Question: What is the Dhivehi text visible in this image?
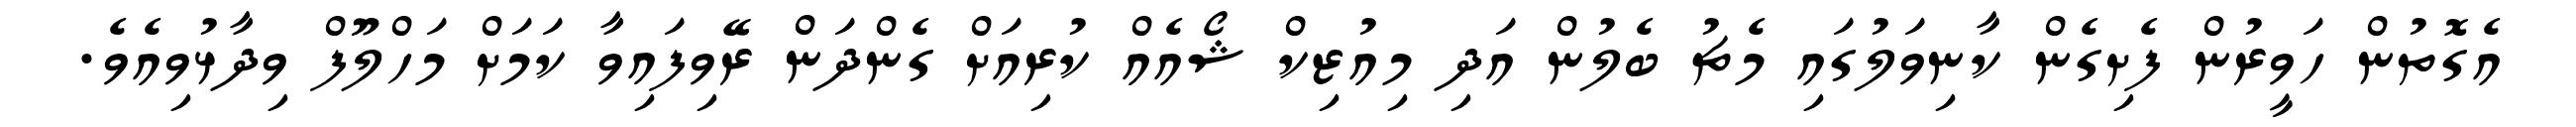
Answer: އެގޮތުން ހަވީރުން ފެށިގެން ކާނިވަލުގައި މެޗު ބެލުން އަދި މިއުޒިކް ޝޯއެއް ކުރިއަށް ގެންދަން ރޭވިފައިވާ ކަމަށް މަހްލޫފް ވިދާޅުވިއެވެ.